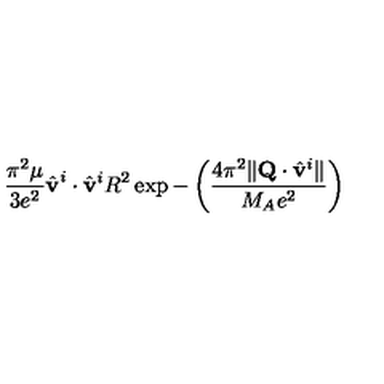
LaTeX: \frac { \pi ^ { 2 } \mu } { 3 e ^ { 2 } } \hat { \bf v } ^ { i } \cdot \hat { \bf v } ^ { i } R ^ { 2 } \exp - \left( \frac { 4 \pi ^ { 2 } \| { \bf Q } \cdot \hat { \bf v } ^ { i } \| } { M _ { A } e ^ { 2 } } \right)